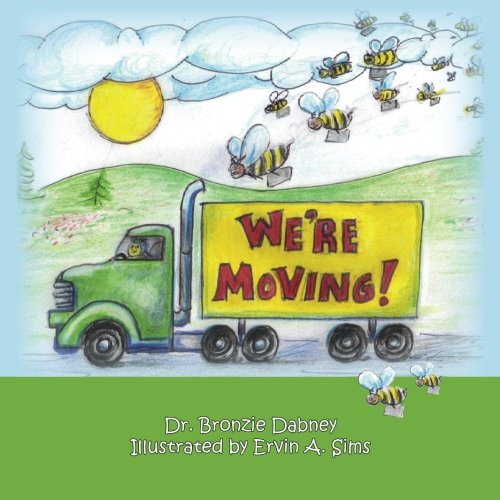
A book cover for We're Moving! (Modern Family Children's Book Series) (Volume 2); Dr. Bronzie Dabney; Parenting & Relationships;